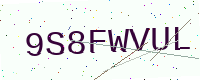
Text: 9S8FWVUL